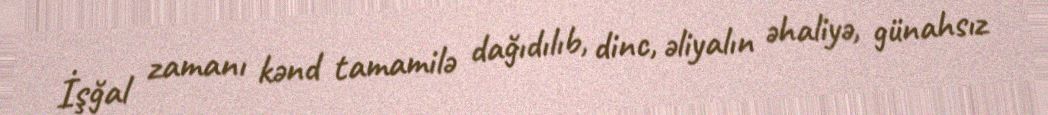
İşğal zamanı kənd tamamilə dağıdılıb, dinc, əliyalın əhaliyə, günahsız